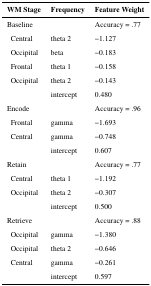
| WM Stage | Frequency | Feature Weight |
 | --- | --- | --- |
 | Baseline |  | Accuracy = .77 |
 | Central | theta 2 | −1.127 |
 | Occipital | beta | −0.183 |
 | Frontal | theta 1 | −0.158 |
 | Occipital | theta 2 | −0.143 |
 |  | intercept | 0.480 |
 | Encode |  | Accuracy = .96 |
 | Frontal | gamma | −1.693 |
 | Central | gamma | −0.748 |
 |  | intercept | 0.607 |
 | Retain |  | Accuracy = .77 |
 | Central | theta 1 | −1.192 |
 | Occipital | theta 2 | −0.307 |
 |  | intercept | 0.500 |
 | Retrieve |  | Accuracy = .88 |
 | Occipital | gamma | −1.380 |
 | Occipital | theta 2 | −0.646 |
 | Central | gamma | −0.261 |
 |  | intercept | 0.597 |